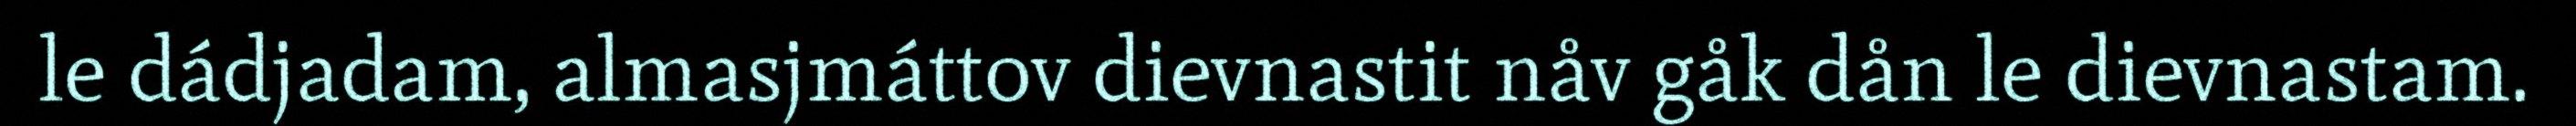
le dádjadam, almasjmáttov dievnastit nåv gåk dån le dievnastam.